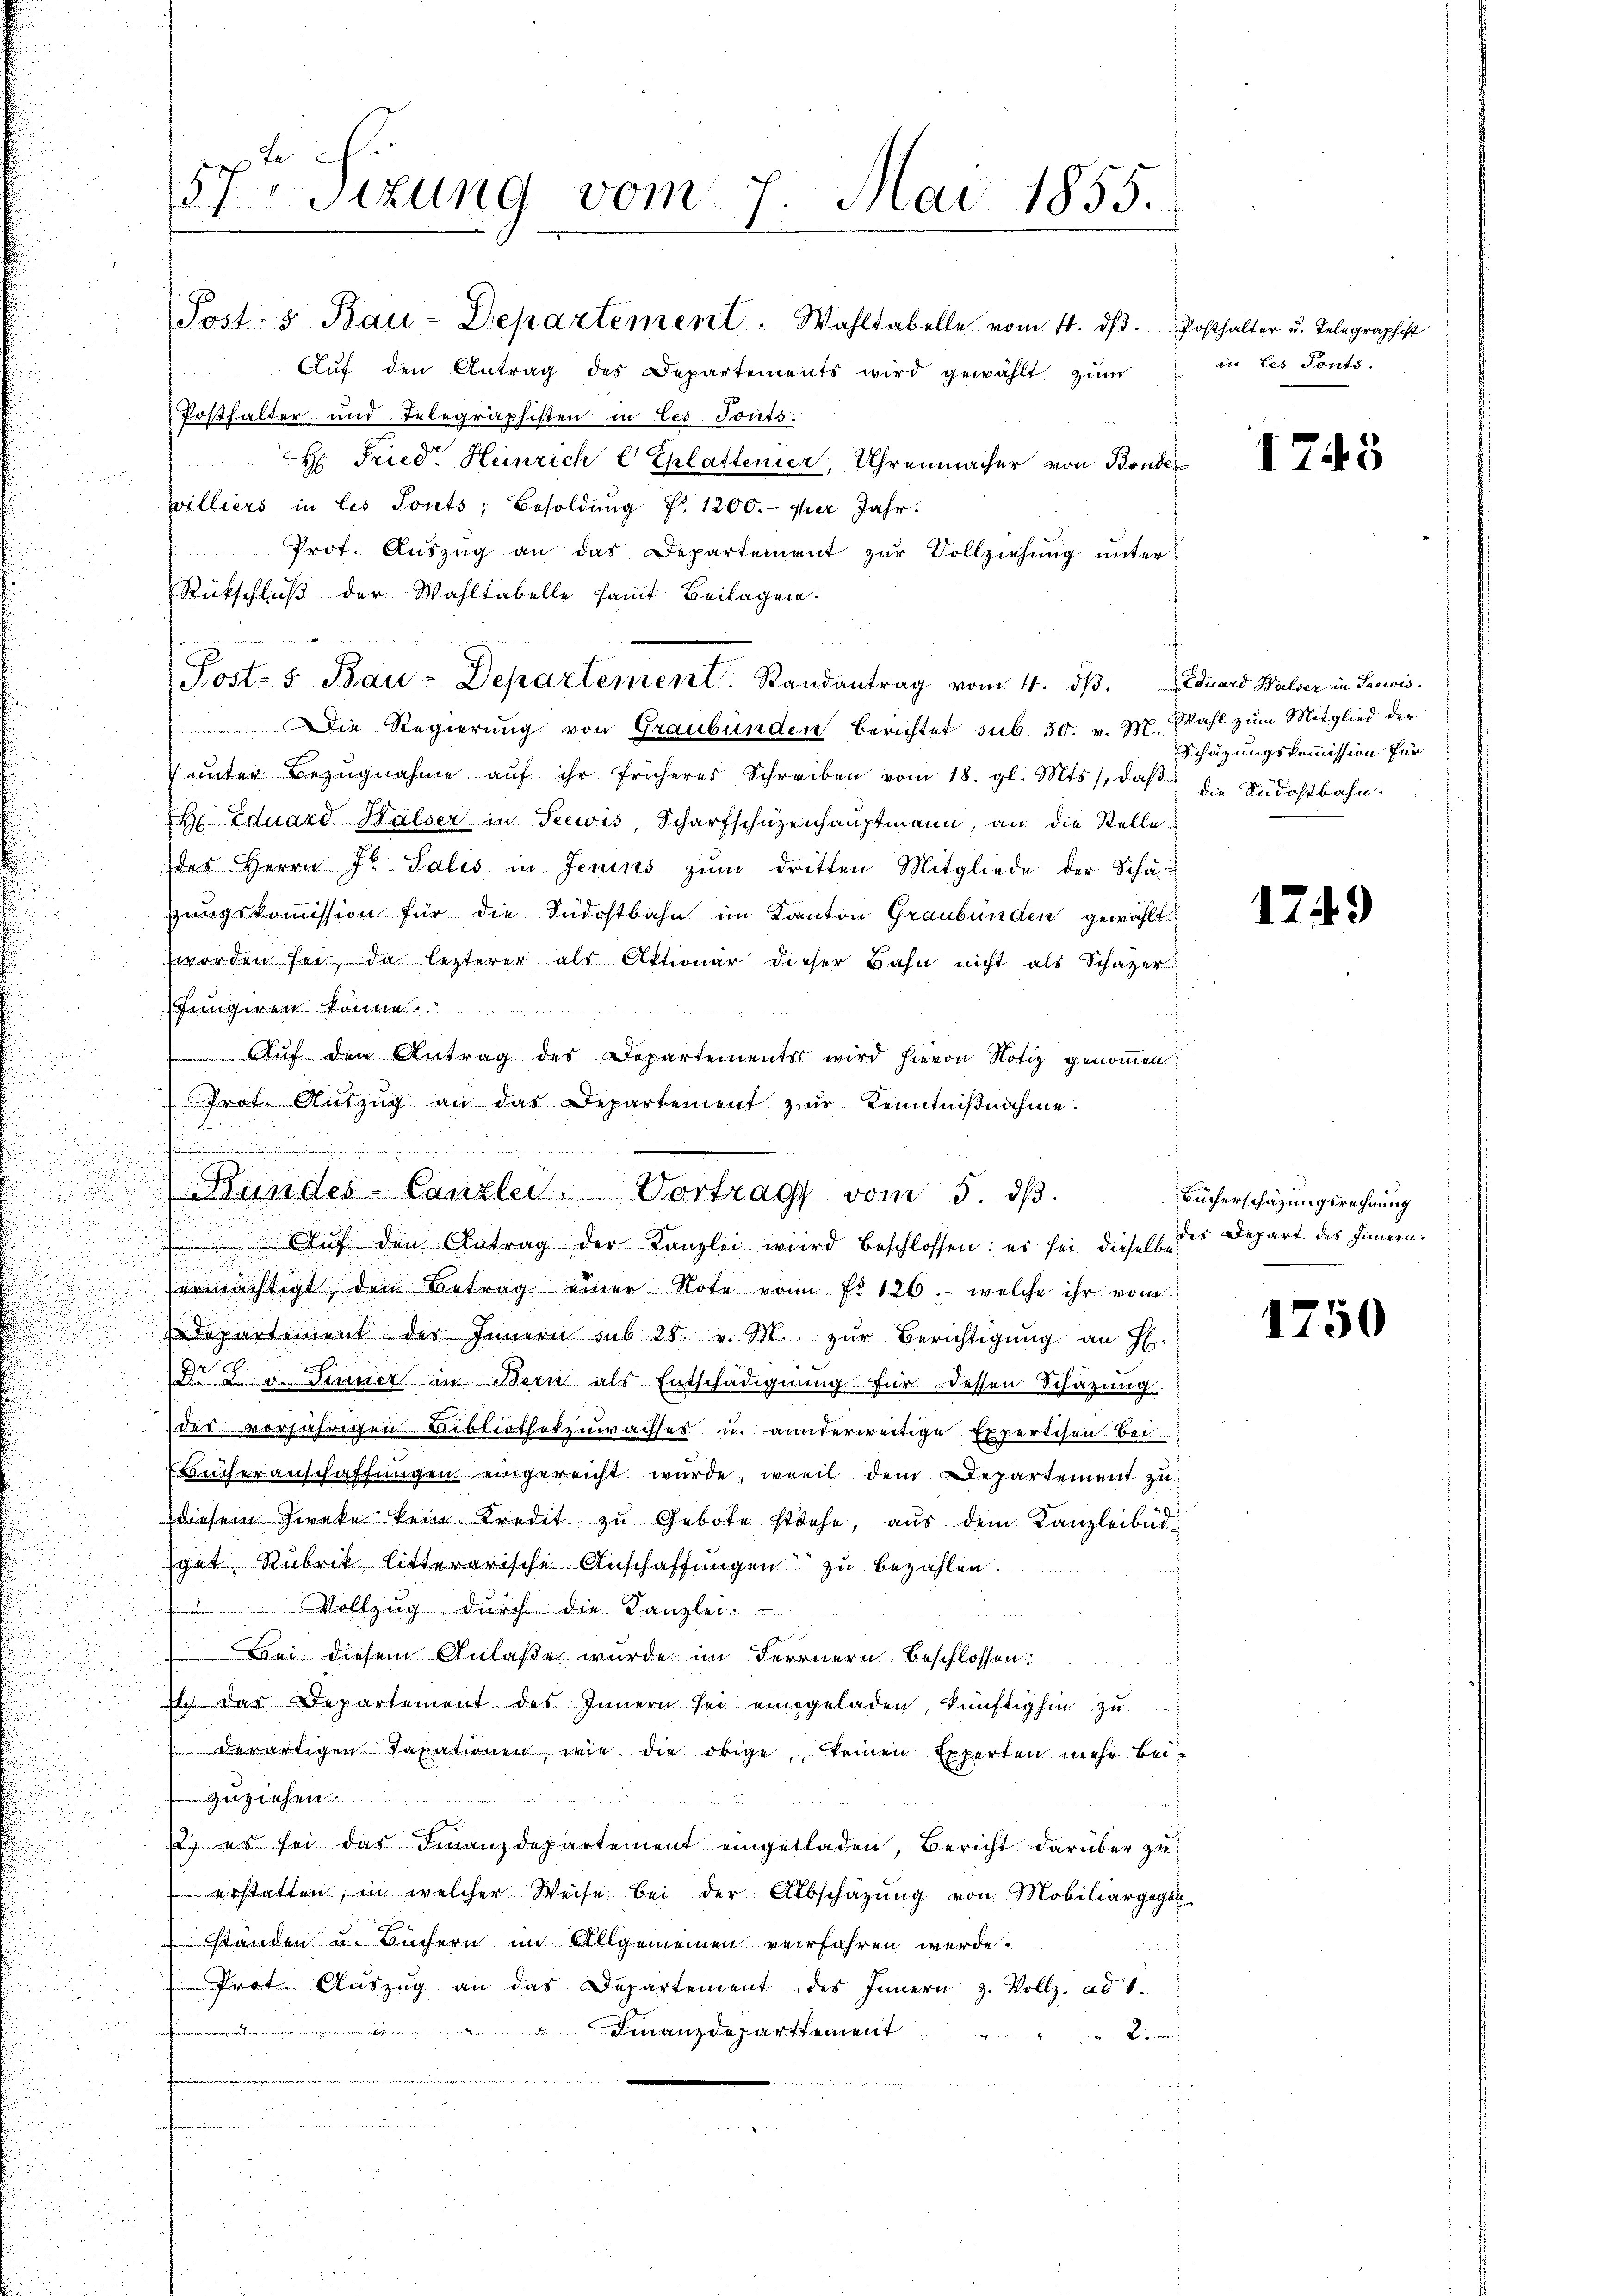
u

.
n
.

u

57ten Sizung vom 7. Mai 1855.

d

Post- & Bau-Departement. Wahltabelle vom 14. dβ. Posthalter u. Telegraphist
Aŭf den Antrag des Departements wird gewählt zŭm in les Ponto-
Posthalter und Telegraphisten in Ces Tonts:
H Fried. Heinrich l Eplattenier, Uhrenmacher von Bonde
williers in les Sonts; Besoldŭng f. 1200.- per Jahr.
Prot. Auszug an das Departement zur Vollziehung unter
Rückschluß der Wahltabelle samt Beilagen.
u
Post s. Bau-Departement. Randantrag vom 4. dβ. Eduard Walser in Sacivis.
 Die Regierung von Graubünden berichtet sub 30. v. Hr. Wahl zum Mitglied der
ŭnter Bezŭgnahme aŭf ihr früheres Schreiben vom 18. gl. Mts., daβ die Südostbahn-
h Eduard Halser in Seewis, Scharfschüzenhauptmann, an die Stelle
des Herrn Fr. Salis in Jenins zŭm dritten Mitgliede der Schäzungskommission für die Südostbahn im Kanton Graubünden gewählt
worden sei, da lezterer als Aktionär dieser Bahn nicht als Schazer
fungiren könne.
Auf den Antrag des Departements wird hievon Notiz genommen.
Prot. Aŭszŭg an das Departement zur Kenntniβnahme.
 Aŭf den Antrag der Kanzlei wird beschlossen: es sei dieses des Depart. des Innern.
ermächtigt, den Betrag einer Note von No 126. welche ihr vom
Departement der Innern sub 25. v. M. zŭr Berichtigŭng an Er-
de du dimiert in Bern als Entschädigung für dessen Schazung
des vorjährigen Bibliothekzuwachses u. anderweitige Expertisen. Bei
Bucheranschaffungen eingereicht wurde, weil dem Departement zu
diesem Zweke kein Kredit zŭ Gebote stehe, aŭs dem Kanzleibüd
spat Rubrik litterarische Anschaffungen zu bezahlen.
 Vollzug durch die Kanzlei:
Bei diesem Anlaße wurde im Fernern beschlossen:
l. das Departement des Innern sei eingeladen, künftighin zŭ
derartigen Taxationen, wie die obige, keinen Experten mehr beizuziehen

12. es sei das Finanzdepartement eingetladen, Bericht darüber zu
erstatten, in welcher Weise bei der Abschazung von Mobiliargegen-
ständen u. Büchern im Allgemeinen verfahren werde.
Prot. Aŭszŭg an das Departement des Innern z. Vollz. ad 1.
ienstofingegange
mung einen
" Finanzdeparttement
2
u
.

(Bundes-Canzlei Vortrag vom 5. dβ.

1745

Schätzungskommission für

1749

Bücherschazungsrechnung

1750